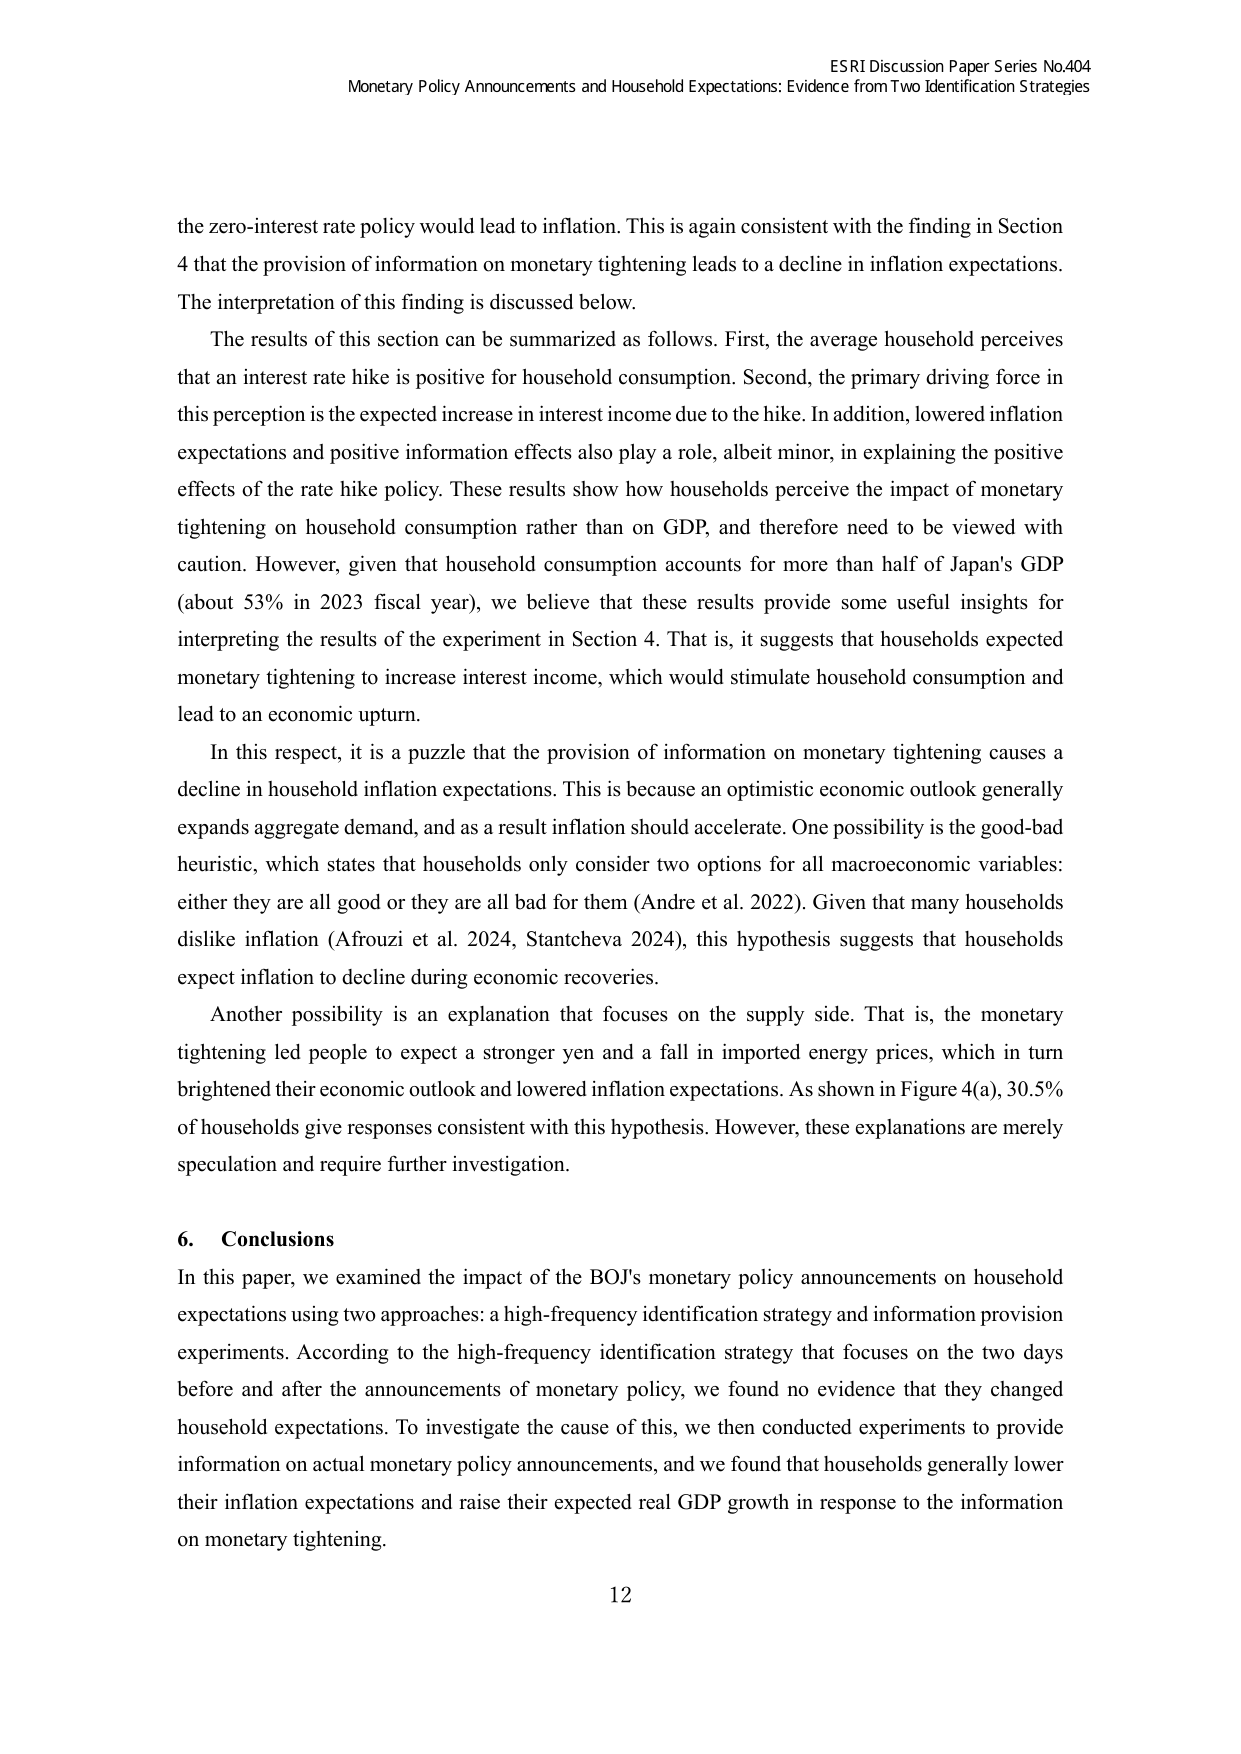
ESRI Discussion Paper Series No.404
Monetary Policy Announcements and Household Expectations: Evidence from Two Identification Strategies

the zero-interest rate policy would lead to inflation. This is again consistent with the finding in Section 4 that the provision of information on monetary tightening leads to a decline in inflation expectations. The interpretation of this finding is discussed below.

The results of this section can be summarized as follows. First, the average household perceives that an interest rate hike is positive for household consumption. Second, the primary driving force in this perception is the expected increase in interest income due to the hike. In addition, lowered inflation expectations and positive information effects also play a role, albeit minor, in explaining the positive effects of the rate hike policy. These results show how households perceive the impact of monetary tightening on household consumption rather than on GDP, and therefore need to be viewed with caution. However, given that household consumption accounts for more than half of Japan's GDP (about 53% in 2023 fiscal year), we believe that these results provide some useful insights for interpreting the results of the experiment in Section 4. That is, it suggests that households expected monetary tightening to increase interest income, which would stimulate household consumption and lead to an economic upturn.

In this respect, it is a puzzle that the provision of information on monetary tightening causes a decline in household inflation expectations. This is because an optimistic economic outlook generally expands aggregate demand, and as a result inflation should accelerate. One possibility is the good-bad heuristic, which states that households only consider two options for all macroeconomic variables: either they are all good or they are all bad for them (Andre et al. 2022). Given that many households dislike inflation (Afrouzi et al. 2024, Stantcheva 2024), this hypothesis suggests that households expect inflation to decline during economic recoveries.

Another possibility is an explanation that focuses on the supply side. That is, the monetary tightening led people to expect a stronger yen and a fall in imported energy prices, which in turn brightened their economic outlook and lowered inflation expectations. As shown in Figure 4(a), 30.5% of households give responses consistent with this hypothesis. However, these explanations are merely speculation and require further investigation.

6. Conclusions
In this paper, we examined the impact of the BOJ's monetary policy announcements on household expectations using two approaches: a high-frequency identification strategy and information provision experiments. According to the high-frequency identification strategy that focuses on the two days before and after the announcements of monetary policy, we found no evidence that they changed household expectations. To investigate the cause of this, we then conducted experiments to provide information on actual monetary policy announcements, and we found that households generally lower their inflation expectations and raise their expected real GDP growth in response to the information on monetary tightening.

12